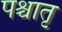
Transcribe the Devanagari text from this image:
पश्चातृ